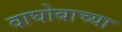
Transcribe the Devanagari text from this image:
वाघोबाच्या